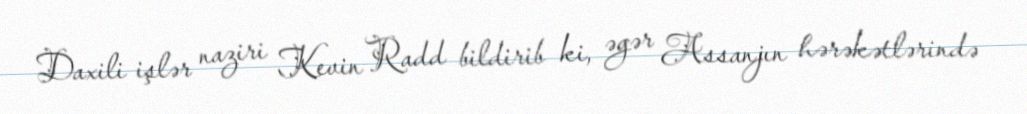
Daxili işlər naziri Kevin Radd bildirib ki, əgər Assanjın hərəkətlərində